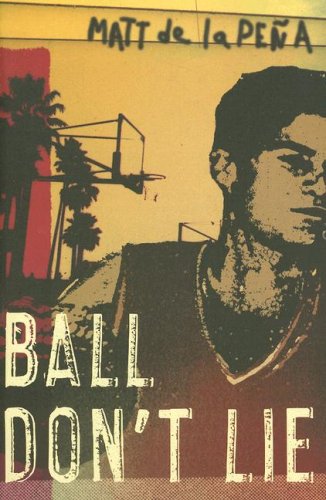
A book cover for Ball Don't Lie; Matt De La PeÃ±a; Teen & Young Adult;